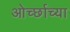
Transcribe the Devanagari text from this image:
ओर्च्छाच्या